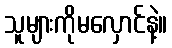
သူများကိုမလှောင်နဲ့။